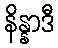
နိန္နာဒီ